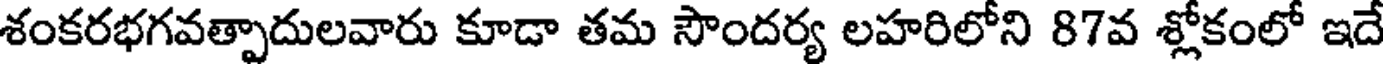
శంకరభగవత్పాదులవారు కూడా తమ సౌందర్య లహరిలోని 87వ శ్లోకంలో ఇదే